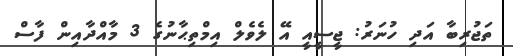
ތަޖުރިބާ އަދި ހުނަރު: ޖީސީއީ އޭ ލެވެލް އިމްތިޙާނުގެ 3 މާއްދާއިން ފާސް